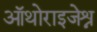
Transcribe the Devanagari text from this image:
ऑथोराइजेश्न